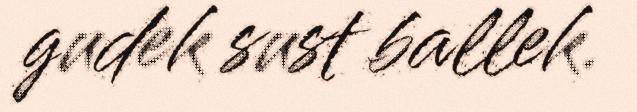
gudek sust ballek.